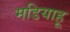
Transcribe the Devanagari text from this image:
मडियाहू